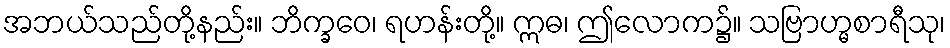
အဘယ်သည်တို့နည်း။ ဘိက္ခဝေ၊ ရဟန်းတို့။ ဣဓ၊ ဤလောက၌။ သဗြာဟ္မစာရီသု၊